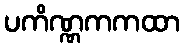
ပကိဏ္ဏကကထာ